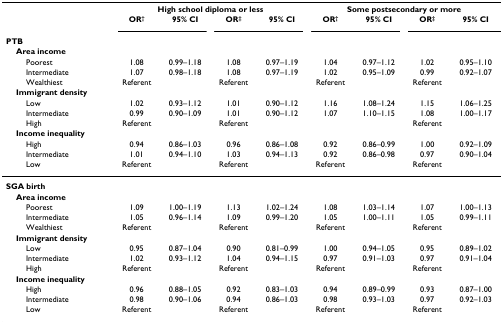
<table><thead><tr><td></td><td colspan="4"><b>High school diploma or less</b></td><td colspan="4"><b>Some postsecondary or more</b></td></tr><tr><td></td><td><b>OR<sup>†</sup></b></td><td><b>95% CI</b></td><td><b>OR<sup>‡</sup></b></td><td><b>95% CI</b></td><td><b>OR<sup>†</sup></b></td><td><b>95% CI</b></td><td><b>OR<sup>‡</sup></b></td><td><b>95% CI</b></td></tr><tr><td><b>PTB</b></td><td></td><td></td><td></td><td></td><td></td><td></td><td></td><td></td></tr><tr><td><b> Area income</b></td><td></td><td></td><td></td><td></td><td></td><td></td><td></td><td></td></tr><tr><td><b>Poorest</b></td><td><b>1.08</b></td><td><b>0.99–1.18</b></td><td><b>1.08</b></td><td><b>0.97–1.19</b></td><td><b>1.04</b></td><td><b>0.97–1.12</b></td><td><b>1.02</b></td><td><b>0.95–1.10</b></td></tr><tr><td><b>Intermediate</b></td><td><b>1.07</b></td><td><b>0.98–1.18</b></td><td><b>1.08</b></td><td><b>0.97–1.19</b></td><td><b>1.02</b></td><td><b>0.95–1.09</b></td><td><b>0.99</b></td><td><b>0.92–1.07</b></td></tr><tr><td><b>Wealthiest</b></td><td><b>Referent</b></td><td></td><td><b>Referent</b></td><td></td><td><b>Referent</b></td><td></td><td><b>Referent</b></td><td></td></tr><tr><td><b> Immigrant density</b></td><td></td><td></td><td></td><td></td><td></td><td></td><td></td><td></td></tr><tr><td><b>Low</b></td><td><b>1.02</b></td><td><b>0.93–1.12</b></td><td><b>1.01</b></td><td><b>0.90–1.12</b></td><td><b>1.16</b></td><td><b>1.08–1.24</b></td><td><b>1.15</b></td><td><b>1.06–1.25</b></td></tr><tr><td><b>Intermediate</b></td><td><b>0.99</b></td><td><b>0.90–1.09</b></td><td><b>1.01</b></td><td><b>0.90–1.12</b></td><td><b>1.07</b></td><td><b>1.10–1.15</b></td><td><b>1.08</b></td><td><b>1.00–1.17</b></td></tr><tr><td><b>High</b></td><td><b>Referent</b></td><td></td><td><b>Referent</b></td><td></td><td></td><td></td><td><b>Referent</b></td><td></td></tr><tr><td><b> Income inequality</b></td><td></td><td></td><td></td><td></td><td></td><td></td><td></td><td></td></tr><tr><td><b>High</b></td><td><b>0.94</b></td><td><b>0.86–1.03</b></td><td><b>0.96</b></td><td><b>0.86–1.08</b></td><td><b>0.92</b></td><td><b>0.86–0.99</b></td><td><b>1.00</b></td><td><b>0.92–1.09</b></td></tr><tr><td><b>Intermediate</b></td><td><b>1.01</b></td><td><b>0.94–1.10</b></td><td><b>1.03</b></td><td><b>0.94–1.13</b></td><td><b>0.92</b></td><td><b>0.86–0.98</b></td><td><b>0.97</b></td><td><b>0.90–1.04</b></td></tr><tr><td><b>Low</b></td><td><b>Referent</b></td><td></td><td><b>Referent</b></td><td></td><td><b>Referent</b></td><td></td><td><b>Referent</b></td><td></td></tr></thead><tbody><tr><td><b>SGA birth</b></td><td></td><td></td><td></td><td></td><td></td><td></td><td></td><td></td></tr><tr><td> <b>Area income</b></td><td></td><td></td><td></td><td></td><td></td><td></td><td></td><td></td></tr><tr><td>Poorest</td><td>1.09</td><td>1.00–1.19</td><td>1.13</td><td>1.02–1.24</td><td>1.08</td><td>1.03–1.14</td><td>1.07</td><td>1.00–1.13</td></tr><tr><td>Intermediate</td><td>1.05</td><td>0.96–1.14</td><td>1.09</td><td>0.99–1.20</td><td>1.05</td><td>1.00–1.11</td><td>1.05</td><td>0.99–1.11</td></tr><tr><td>Wealthiest</td><td>Referent</td><td></td><td>Referent</td><td></td><td>Referent</td><td></td><td>Referent</td><td></td></tr><tr><td> <b>Immigrant density</b></td><td></td><td></td><td></td><td></td><td></td><td></td><td></td><td></td></tr><tr><td>Low</td><td>0.95</td><td>0.87–1.04</td><td>0.90</td><td>0.81–0.99</td><td>1.00</td><td>0.94–1.05</td><td>0.95</td><td>0.89–1.02</td></tr><tr><td>Intermediate</td><td>1.02</td><td>0.93–1.12</td><td>1.04</td><td>0.94–1.15</td><td>0.97</td><td>0.91–1.03</td><td>0.97</td><td>0.91–1.04</td></tr><tr><td>High</td><td>Referent</td><td></td><td>Referent</td><td></td><td>Referent</td><td></td><td>Referent</td><td></td></tr><tr><td> <b>Income inequality</b></td><td></td><td></td><td></td><td></td><td></td><td></td><td></td><td></td></tr><tr><td>High</td><td>0.96</td><td>0.88–1.05</td><td>0.92</td><td>0.83–1.03</td><td>0.94</td><td>0.89–0.99</td><td>0.93</td><td>0.87–1.00</td></tr><tr><td>Intermediate</td><td>0.98</td><td>0.90–1.06</td><td>0.94</td><td>0.86–1.03</td><td>0.98</td><td>0.93–1.03</td><td>0.97</td><td>0.92–1.03</td></tr><tr><td>Low</td><td>Referent</td><td></td><td>Referent</td><td></td><td>Referent</td><td></td><td>Referent</td><td></td></tr></tbody></table>